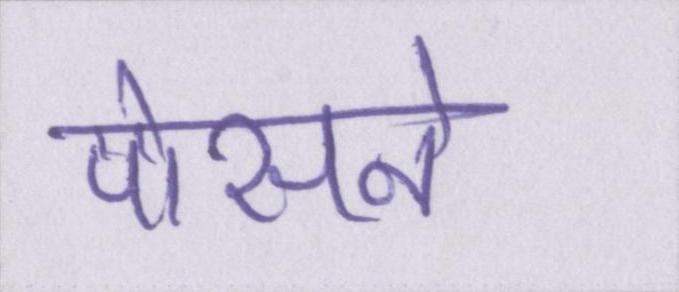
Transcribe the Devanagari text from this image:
पोसने